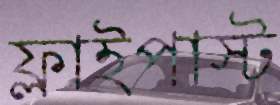
ফ্লাইপাস্ট